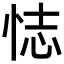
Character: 𢙺